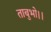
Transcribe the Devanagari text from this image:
ताबुभो।।